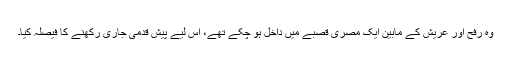
وہ رفح اور عریش کے مابین ایک مصری قصبے میں داخل ہو چکے تھے، اس لیے پیش قدمی جاری رکھنے کا فیصلہ کیا۔